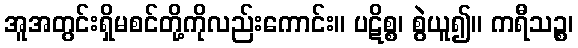
အူအတွင်းရှိမစင်တို့ကိုလည်းကောင်း။ ပဋိစ္စ၊ စွဲယူ၍။ ကရီသဉ္စ၊